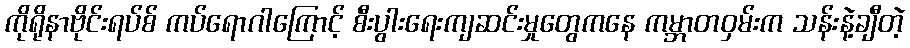
ကိုရိုနာဗိုင်းရပ်စ် ကပ်ရောဂါကြောင့် စီးပွါးရေးကျဆင်းမှုတွေကနေ ကမ္ဘာတဝှမ်းက သန်းနဲ့ချီတဲ့